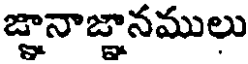
జ్ఞానాజ్ఞానములు